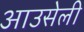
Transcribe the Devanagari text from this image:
आउसेली